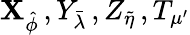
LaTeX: \mathbf{X}_{\hat{{\phi}}}\, ,Y_{\bar{{\lambda}}}\, ,Z_{\tilde{{\eta}}}\, ,T_{\mu^{\prime}}